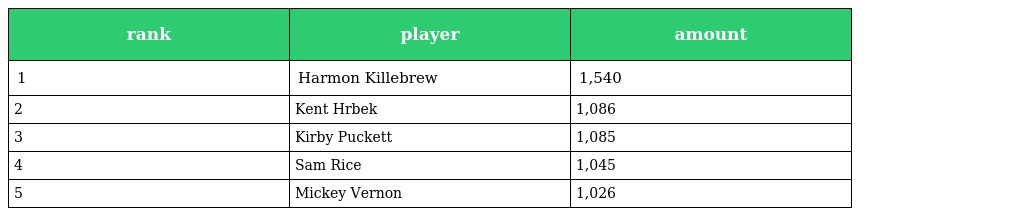
| rank | player | amount |
 | --- | --- | --- |
 | 1 | Harmon Killebrew | 1,540 |
 | 2 | Kent Hrbek | 1,086 |
 | 3 | Kirby Puckett | 1,085 |
 | 4 | Sam Rice | 1,045 |
 | 5 | Mickey Vernon | 1,026 |